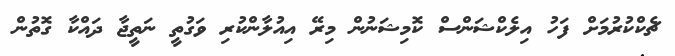
ޗެކްކުރުމަށް ފަހު އިލެކްޝަންސް ކޮމިޝަނުން މިރޭ އިއުލާންކުރި ވަގުތީ ނަތީޖާ ދައްކާ ގޮތުން